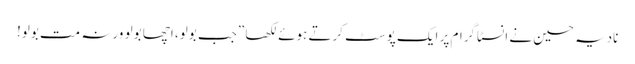
نادیہ حسین نے انسٹاگرام پر ایک پوسٹ کرتے ہوئے لکھا ”جب بولو، اچھا بولو ورنہ مت بولو!